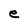
Character: e